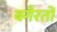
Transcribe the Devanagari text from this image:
बगैरतों